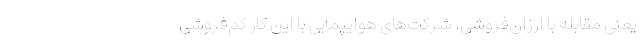
یعنی مقابله با ارزان‌فروشی. شرکت‌های هوایپمایی با این کار کم‌فروشی